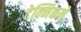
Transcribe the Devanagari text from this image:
टेक्निकने